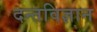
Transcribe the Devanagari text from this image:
दन्तविज्ञान